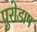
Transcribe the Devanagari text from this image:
पुरोडाष